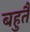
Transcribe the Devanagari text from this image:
बहुतै